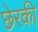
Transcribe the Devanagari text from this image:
छेरकी